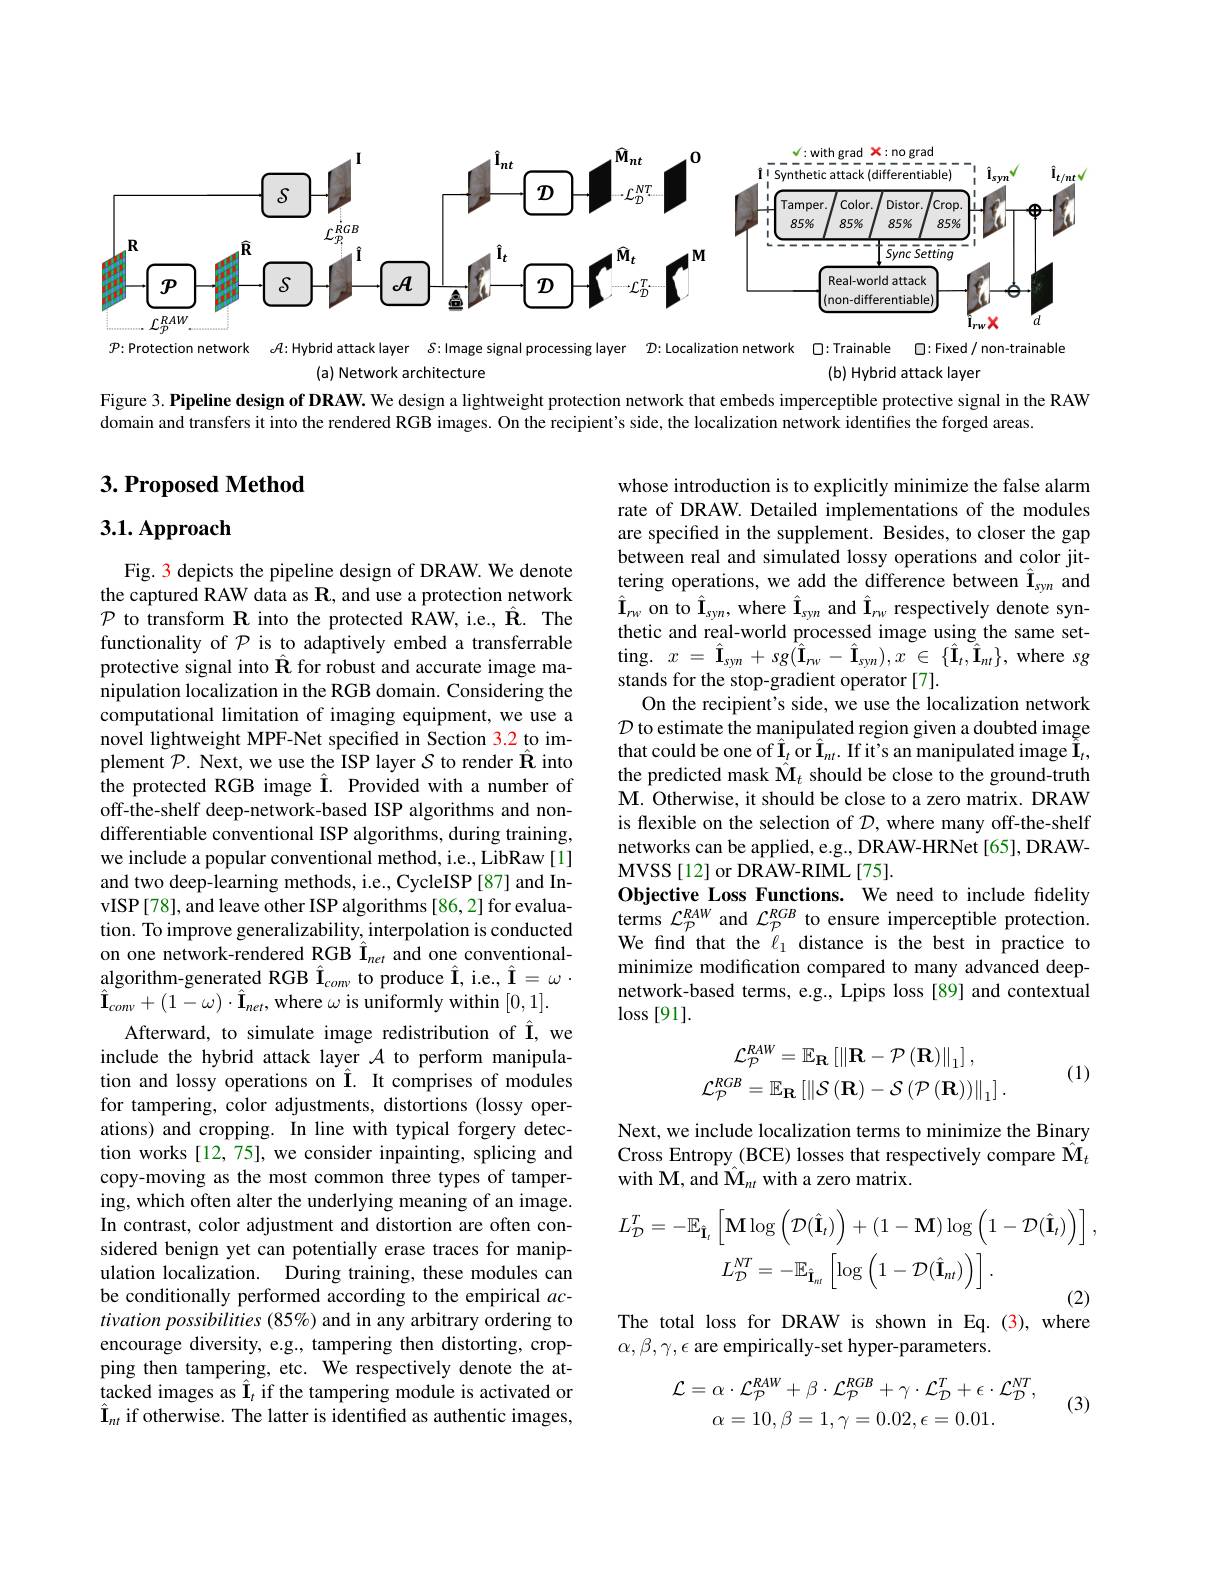
$$$$
$p{:}$Protection network $e\ell{:}$Hybrid attacklayer $\delta$:Image signal processing layer $D$:Localization network $\square$:Trainable $\square$:Fixed/non-trainable
(a) Network architecture
(b) Hybrid attack layer
Figure 3. Pipeline design of DRAW. We design a lightweight protection network that embeds imperceptible protective signal in the RAW
domain and transfers it into the rendered RGB images. On the recipient's side, the localization network identifies the forged areas.

## $3. \textbf{Proposed Method}$

3.1. Approach

whose introduction is to explicitly minimize the false alarm rate of DRAW. Detailed implementations of the modules are specified in the supplement. Besides, to closer the gap between real and simulated lossy operations and color jittering operations, we add the difference between $\hat{\mathbf{I}}_{syn}$ and $\hat{\mathbf{I}}_{rw}$ on to $\hat{\mathbf{I}}_{syn}$, where $\hat{\mathbf{I}}_{syn}$ and $\hat{\mathbf{I}}_{rw}$ respectively denote synthetic and real-world processed image using the same set- $\operatorname { ting. } x$ $= \hat{\mathbf{I} } _{syn}$ $+ sg( \hat{\mathbf{I} } _{nv}$ $- \hat{\mathbf{I} } _{syn}) , x$ $\in \{ \hat{\mathbf{I} } _{t}, \tilde{\mathbf{I} } _{nt}\} , $where sg stands for the stop-gradient operator [7].
On the recipient's side, we use the localization network $\mathcal{D}$ to estimate the manipulated region given a doubted image that could be one of $\hat{\mathbf{I}}_t$ or $\hat{\mathbf{I}}_{nt}.$ If it's an manipulated image $\tilde{\mathbf{I}}_t$, the predicted mask $\hat{\mathbf{M}}_t$ should be close to the ground-truth M. Otherwise, it should be close to a zero matrix. DRAW is flexible on the selection of $\mathcal{D}$, where many off-the-shelf networks can be applied, e.g., DRAW-HRNet [65], DRAWMVSS [ 12] or DRAW- RIML [ 75] .
Objective Loss Functions. We need to include fidelity terms $\mathcal{L}_{\mathcal P}^{RAW}$ and $\mathcal{L}_{\mathcal P}^{RGB}$ to ensure imperceptible protection. We find that the $\ell_1$ distance is the best in practice to minimize modification compared to many advanced deepnetwork-based terms, e.g., Lpips loss [89] and contextual $\log[91].$
$$\begin{aligned}\mathcal{L}_{\mathcal{P}}^{RAW}&=\mathbb{E}_{\mathbf{R}}\left[\left\|\mathbf{R}-\mathcal{P}\left(\mathbf{R}\right)\right\|_{1}\right],\\\mathcal{L}_{\mathcal{P}}^{RGB}&=\mathbb{E}_{\mathbf{R}}\left[\left\|\mathcal{S}\left(\mathbf{R}\right)-\mathcal{S}\left(\mathcal{P}\left(\mathbf{R}\right)\right)\right\|_{1}\right].\end{aligned}$$
Fig. 3 depicts the pipeline design of DRAW. We denote the captured RAW data as $\mathbf{R}$, and use a protection network $\mathcal{P}$ to transform R into the protected RAW, i.e., $\hat{\mathbf{R}}.$ The functionality of $\mathcal{P}$ is to adaptively embed a transferrable protective signal into $\hat{\mathbf{R}}$ for robust and accurate image manipulation localization in the RGB domain. Considering the computational limitation of imaging equipment, we use a novel lightweight MPF-Net specified in Section 3.2 to implement $\mathcal{P}.$ Next, we use the ISP layer $\mathcal{S}$ to render $\hat{\mathbf{R}}$ into the protected RGB image Î. Provided with a number of off-the-shelf deep-network-based ISP algorithms and nondifferentiable conventional ISP algorithms, during training, we include a popular conventional method, i.e., LibRaw [1] and two deep-learning methods, i.e., CycleISP [87] and InvISP[78], and leave other ISP algorithms [86,2] for evaluation. To improve generalizability, interpolation is conducted on one network-rendered RGB Î$_{net}$ and one conventional- $\underset{\hat{\mathrm{algorithm-generated~RGB~\hat{I}}}}{\operatorname*{\operatorname*{\operatorname*{\text{To produce \hat{I},i.e.,\hat{I}=\omega\cdot}}}}}$ $\hat{\mathbf{I}}_{comv}+(1-\omega)\cdot\hat{\mathbf{I}}_{net}$,where $\omega$ is uniformly within [0,1].
Afterward, to simulate image redistribution of Î, we include the hybrid attack layer $\mathcal{A}$ to perform manipulation and lossy operations on $\hat{\mathbf{I}}.$ It comprises of modules for tampering, color adjustments, distortions (lossy operations) and cropping. In line with typical forgery detection works [12,75], we consider inpainting, splicing and copy-moving as the most common three types of tampering, which often alter the underlying meaning of an image. In contrast, color adjustment and distortion are often considered benign yet can potentially erase traces for manipulation localization. During training, these modules can be conditionally performed according to the empirical $ac-$ tivation possibilities (85%) and in any arbitrary ordering to encourage diversity, e.g., tampering then distorting, cropping then tampering, etc. We respectively denote the attacked images as $\hat{\mathbf{I}}_t$ if the tampering module is activated or $\hat{\mathbf{I}}_{nt}$ if otherwise. The latter is identified as authentic images,

(1)

Next, we include localization terms to minimize the Binary Cross Entropy (BCE) losses that respectively compare $\hat{\mathbf{M}}_t$ with M, and $\hat{\mathrm{M}}_{nt}$ with a zero matrix
$$\begin{aligned}L_{\mathcal{D}}^{T}&=-\mathbb{E}_{\hat{\mathbf{I}}_{t}}\left[\mathbf{M}\log\left(\mathcal{D}(\hat{\mathbf{I}}_{t})\right)+(1-\mathbf{M})\log\left(1-\mathcal{D}(\hat{\mathbf{I}}_{t})\right)\right],\\&L_{\mathcal{D}}^{NT}=-\mathbb{E}_{\hat{\mathbf{I}}_{nt}}\left[\log\left(1-\mathcal{D}(\hat{\mathbf{I}}_{nt})\right)\right].\end{aligned}$$
The total loss for DRAW is shown in Eq.(3), where

$\alpha,\beta,\gamma,\epsilon$ are empirically-set hyper-parameters
$$\begin{array}{c}\mathcal{L}=\alpha\cdot\mathcal{L}_{\mathcal{P}}^{RAW}+\beta\cdot\mathcal{L}_{\mathcal{P}}^{RGB}+\gamma\cdot\mathcal{L}_{\mathcal{D}}^{T}+\epsilon\cdot\mathcal{L}_{\mathcal{D}}^{NT},\\\alpha=10,\beta=1,\gamma=0.02,\epsilon=0.01.\end{array}$$
(3)